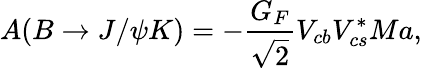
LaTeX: A(B\rightarrow J/\psi K)=-\frac{G_{F}}{\sqrt{2}}V_{cb}V_{cs}^{\ast}Ma,